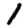
Digit: 1